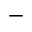
^ -